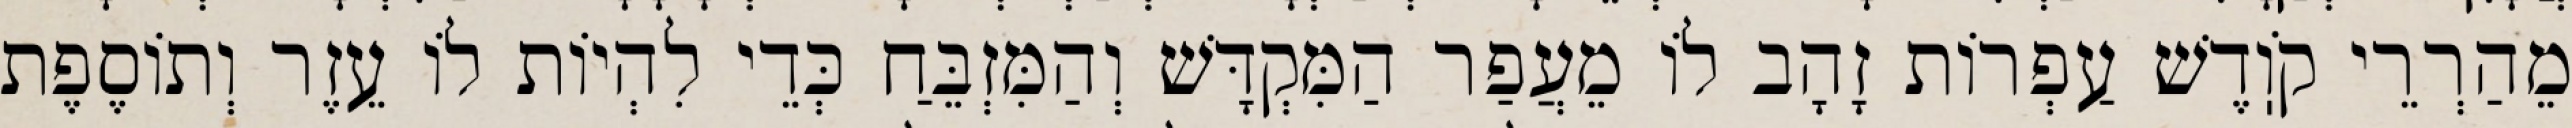
מֵהַרְרֵי קֹוֽדֶשׁ עַפְרוֹת זָהָב לוֹ מֵעֲפַר הַמִּקְדָּשׁ וְהַמִּזְבֵּחַ כְּדֵי לִהְיוֹת לוֹ עֵזֶר וְתוֹסֶפֶת